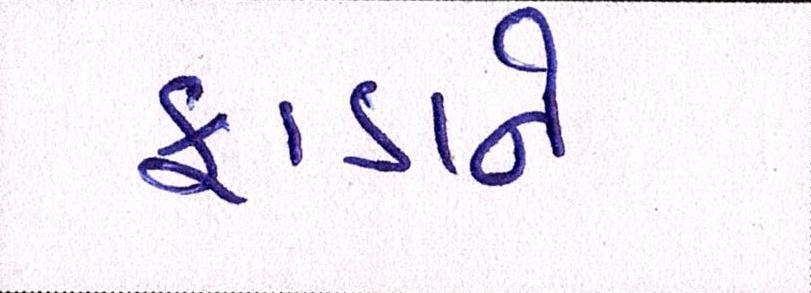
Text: ફાડાને